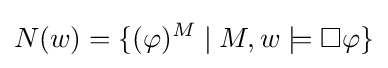
N(w)=\{(\varphi )^{M}\mid M,w\models \Box \varphi \}